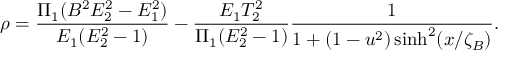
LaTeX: \rho = \frac { \Pi _ { 1 } ( B ^ { 2 } E _ { 2 } ^ { 2 } - E _ { 1 } ^ { 2 } ) } { E _ { 1 } ( E _ { 2 } ^ { 2 } - 1 ) } - \frac { E _ { 1 } T _ { 2 } ^ { 2 } } { \Pi _ { 1 } ( E _ { 2 } ^ { 2 } - 1 ) } \frac { 1 } { 1 + ( 1 - u ^ { 2 } ) \sinh ^ { 2 } ( x / \zeta _ { B } ) } .